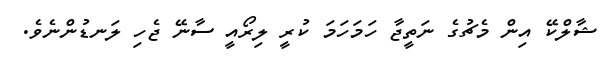
ޝާލްކޭ އިން މެޗުގެ ނަތީޖާ ހަމަހަމަ ކުރީ ލިރޯއީ ސާނޭ ޖެހި ލަނޑުންނެވެ.